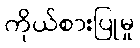
ကိုယ်စားပြုမှု